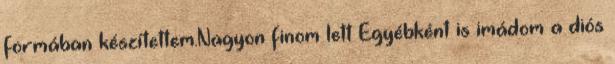
formában készítettem.Nagyon finom lett Egyébként is imádom a diós